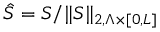
\hat { S } = S / \| S \| _ { 2 , \Lambda \times \lbrack 0 , L \rbrack }